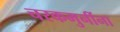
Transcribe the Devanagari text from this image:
चरकमुनींना